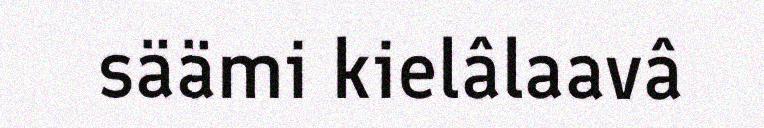
säämi kielâlaavâ